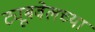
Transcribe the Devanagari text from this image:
ट्यूबवेलच्या